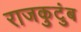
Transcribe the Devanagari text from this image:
राजकुटुंब